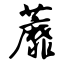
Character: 蘼